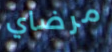
مرضاي